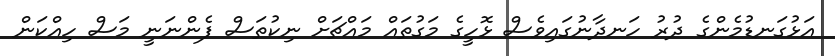
އަޅުގަނޑުމެންގެ ދުރު ހަނދާނުގައިވެސް ޅޮހީގެ މަގުތައް މައްޗަށް ނިކުތަސް ފެންނަނީ މަސް ހިއްކަން